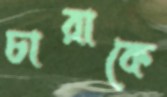
চারাকে